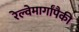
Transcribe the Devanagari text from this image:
रेल्वेमार्गांपैकी